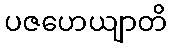
ပဇဟေယျာတိ